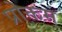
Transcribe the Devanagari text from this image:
प्रोक्तम्